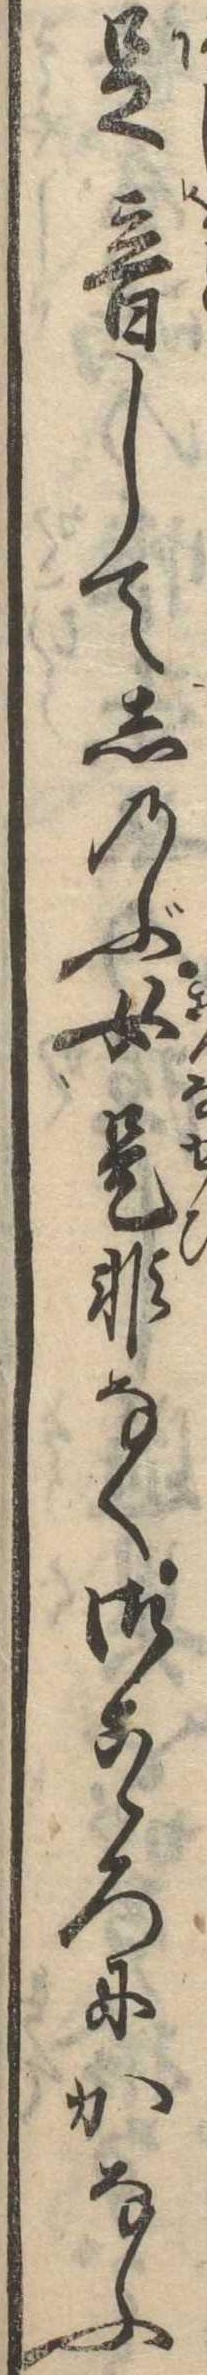
足音してしのぶ女是非なく御こゝろにかなふ